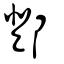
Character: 鄧